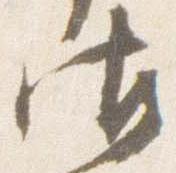
御